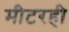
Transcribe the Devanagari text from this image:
मीटरही